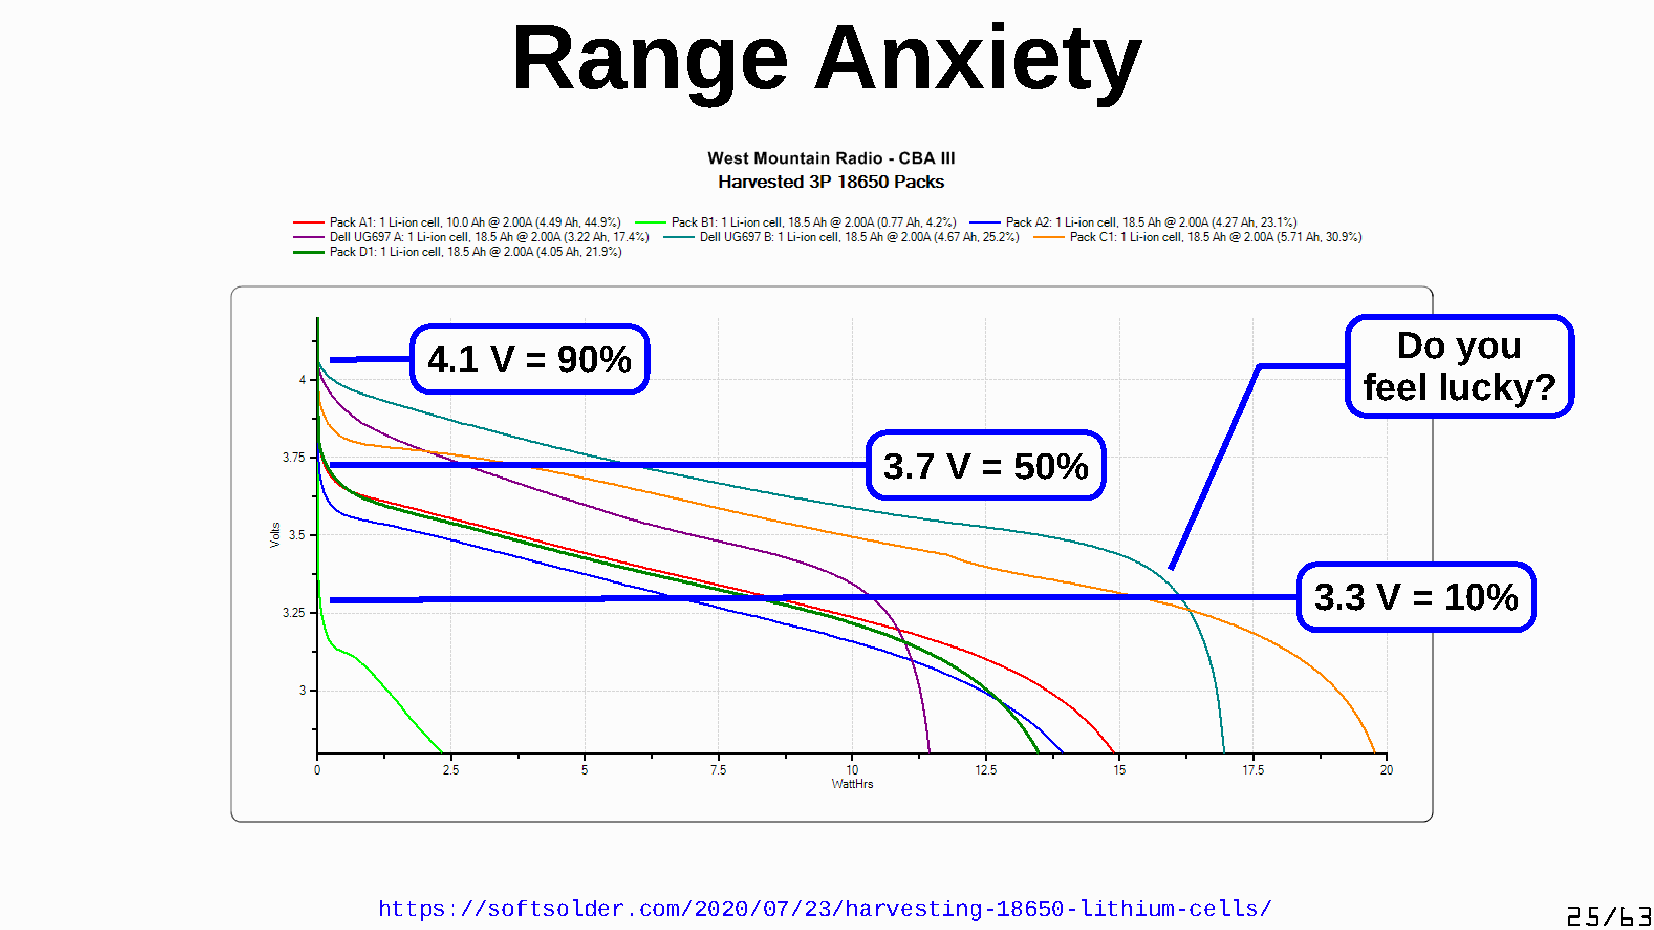
Range               Anxiety
 Do  you
 4.1 V  = 90%
 feel lucky?
 3.7  V = 50%
 3.3 V =  10%
 https://softsolder.com/2020/07/23/harvesting-18650-lithium-cells/              25/63